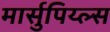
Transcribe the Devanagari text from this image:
मार्सुपिय्ल्स